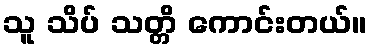
သူ သိပ် သတ္တိ ကောင်းတယ်။